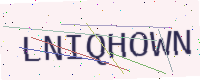
Text: LNIQHOWN